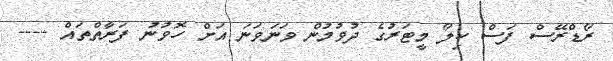
ރޯޑްރޭސް ފަސް ކިލޯ މީޓަރުގެ ދުވުމުން ވަނަވަނަ އަށް ހޮވުނު ފަރާތްތައް ----